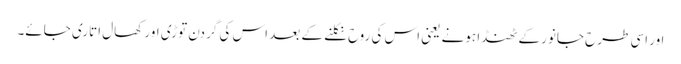
اور اسی طرح جانور کے ٹھنڈا ہونے یعنی اس کی روح نکلنے کے بعد اس کی گردن توڑی اور کھال اتاری جائے۔